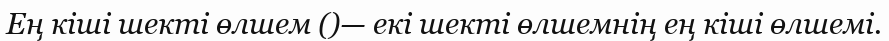
Ең кіші шекті өлшем ()— екі шекті өлшемнің ең кіші өлшемі.